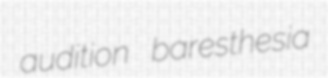
audition baresthesia